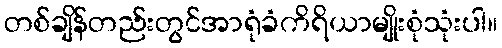
တစ်ချိန်တည်းတွင်အာရုံခံကိရိယာမျိုးစုံသုံးပါ။